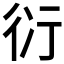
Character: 𧗠